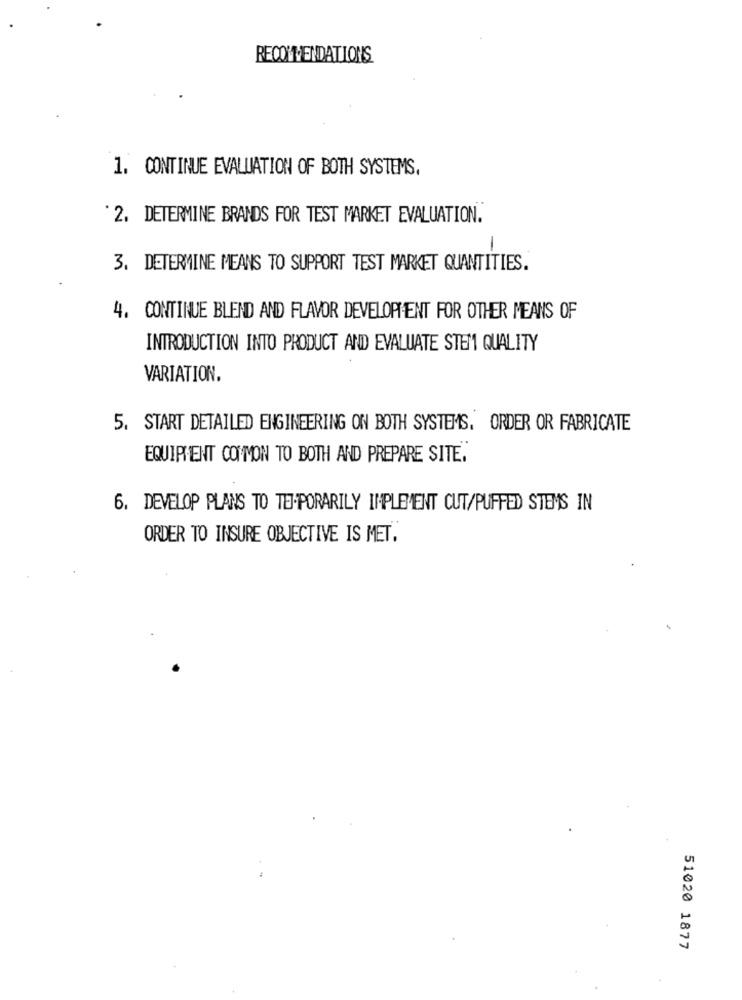
RECOMMENDATIONS
1. CONTINUE EVALUATION OF BOTH SYSTEMS,
` 2. DETERMINE BRANDS FOR TEST MARKET EVALUATION.
-
3. DETERMINE MEANS TO SUPPORT TEST MARKET QUANTITIES.
4. CONTINUE BLEND AND FLAVOR DEVELOPMENT FOR OTHER MEANS OF
INTRODUCTION INTO PRODUCT AND EVALUATE STEM QUALITY
VARIATION.
5. START DETAILED ENGINEERING ON BOTH SYSTEMS. ORDER OR FABRICATE
EQUIPMENT COMMON TO BOTH AND PREPARE SITE.
6. DEVELOP PLANS TO TEJ-PORARILY IMPLEMENT CUT/PUFFED STEMS IN
ORDER TO INSURE OBJECTIVE IS MET.
51020 1877